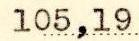
105,19